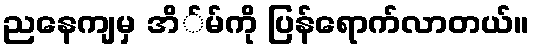
ညနေကျမှ အိ်မ်ကို ပြန်ရောက်လာတယ်။